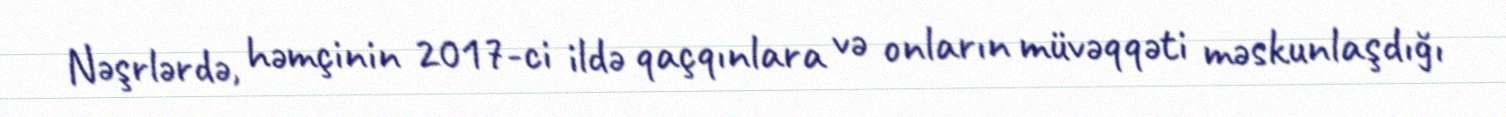
Nəşrlərdə, həmçinin 2017-ci ildə qaçqınlara və onların müvəqqəti məskunlaşdığı